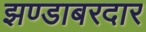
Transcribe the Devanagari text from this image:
झण्डाबरदार